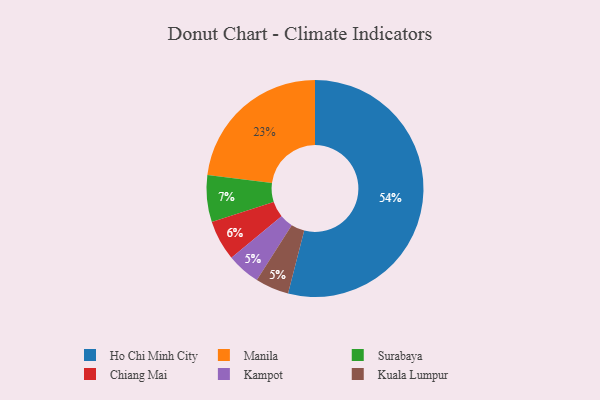
{"axis": {"x": "Category", "y": "Percentage"}, "legend": ["Chiang Mai", "Ho Chi Minh City", "Kampot", "Kuala Lumpur", "Manila", "Surabaya"], "data": [{"x": "Manila", "y": 23, "type": "Manila"}, {"x": "Kampot", "y": 5, "type": "Kampot"}, {"x": "Kuala Lumpur", "y": 5, "type": "Kuala Lumpur"}, {"x": "Surabaya", "y": 7, "type": "Surabaya"}, {"x": "Ho Chi Minh City", "y": 54, "type": "Ho Chi Minh City"}, {"x": "Chiang Mai", "y": 6, "type": "Chiang Mai"}]}